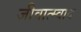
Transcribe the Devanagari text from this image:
जीवात्म्वाद